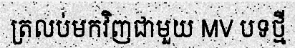
ត្រលប់មកវិញជាមួយ MV បទថ្មី